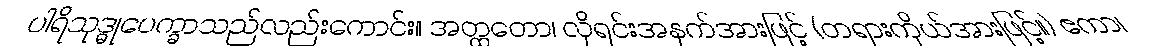
ပါရိသုဒ္ဓုပေက္ခာသည်လည်းကောင်း။ အတ္ထတော၊ လိုရင်းအနက်အားဖြင့် (တရားကိုယ်အားဖြင့်။) ဧကာ၊